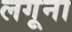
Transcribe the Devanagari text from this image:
लगूना